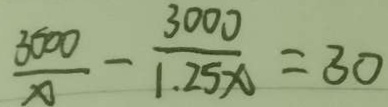
\frac { 3 0 0 0 } { x } - \frac { 3 0 0 0 } { 1 . 2 5 x } = 3 0